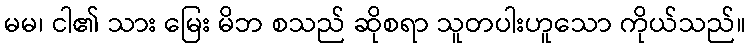
မမ၊ ငါ၏ သား မြေး မိဘ စသည် ဆိုစရာ သူတပါးဟူသော ကိုယ်သည်။